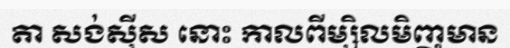
តា សង់ស៊ីស នោះ កាលពីម្សិលមិញមាន